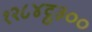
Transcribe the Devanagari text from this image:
१२८४ट्ठ३००